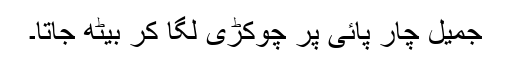
جمیل چار پائی پر چوکڑی لگا کر بیٹھ جاتا۔